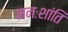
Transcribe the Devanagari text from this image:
मनःशांति